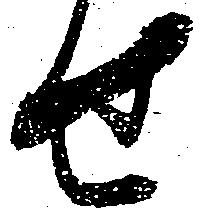
せ